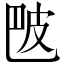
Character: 𬐒